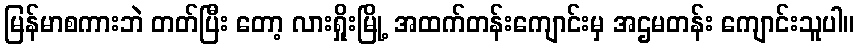
မြန်မာစကားဘဲ တတ်ပြီး တော့ လားရှိုးမြို့ အထက်တန်းကျောင်းမှ အဌမတန်း ကျောင်းသူပါ။